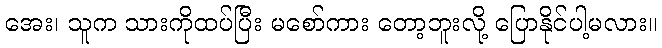
အေး၊ သူက သားကိုထပ်ပြီး မစော်ကား တော့ဘူးလို့ ပြောနိုင်ပါ့မလား။